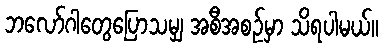
ဘလော်ဂါတွေပြောသမျှ အစီအစဉ်မှာ သိရပါမယ်။